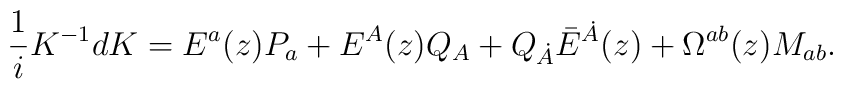
{1\over i}K^{-1}dK=E^a(z)P_a+E^A(z)Q_A + Q_{\dot A}\bar E^{\dot A}(z)+\Omega^{ab}(z)M_{ab}.